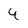
Character: 4